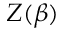
Z ( \beta )